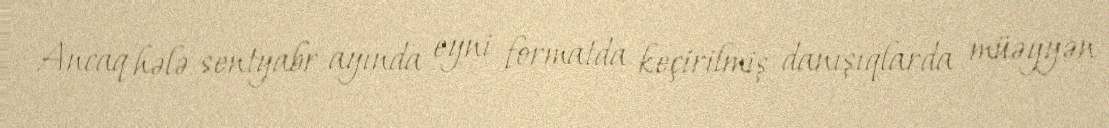
Ancaq hələ sentyabr ayında eyni formatda keçirilmiş danışıqlarda müəyyən